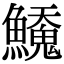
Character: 𬵲